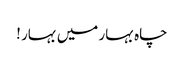
چاہ بہار میں بہار !